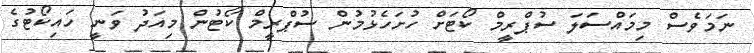
ނަމަވެސް މިމައްސަލަ ސުޕްރީމް ކޯޓަށް ހުށަހެޅުމުން ސުޕްރީމް ކޯޓުން މިއަދު ވަނީ ހައިކޯޓުގެ